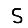
Digit: 5